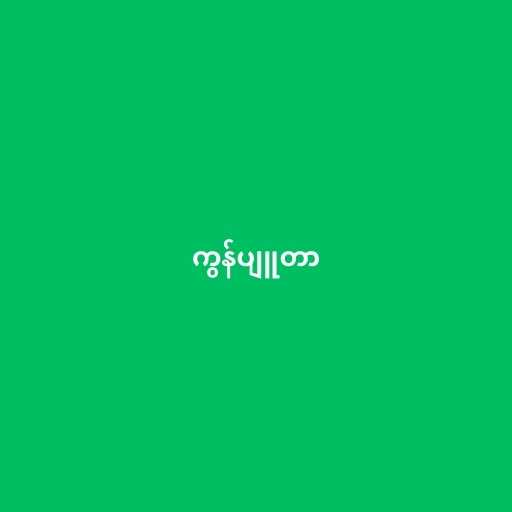
ကွန်ပျူတာ